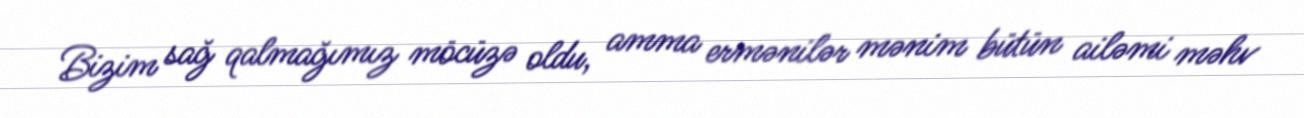
Bizim sağ qalmağımız möcüzə oldu, amma ermənilər mənim bütün ailəmi məhv